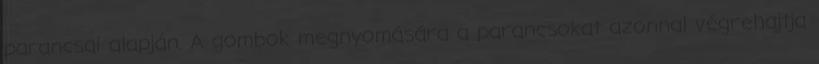
parancsai alapján. A gombok megnyomására a parancsokat azonnal végrehajtja